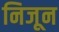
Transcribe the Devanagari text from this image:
निजून